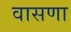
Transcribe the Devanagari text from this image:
वासणा